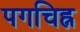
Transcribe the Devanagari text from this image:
पगचिह्न